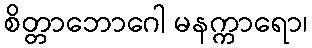
စိတ္တာဘောဂေါ မနက္ကာရော၊